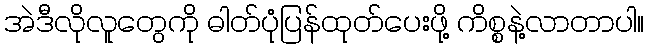
အဲဒီလိုလူတွေကို ဓါတ်ပုံပြန်ထုတ်ပေးဖို့ ကိစ္စနဲ့လာတာပါ။